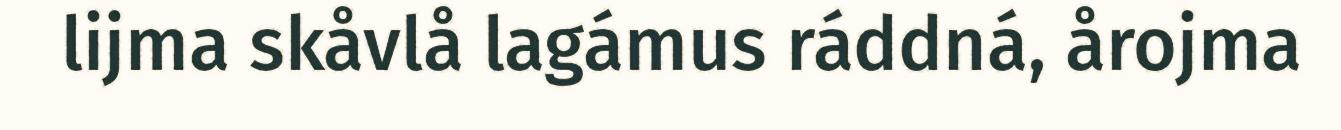
lijma skåvlå lagámus ráddná, årojma